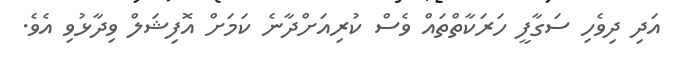
އަދި ދިވެހި ސަގާފީ ހަރަކާތްތައް ވެސް ކުރިއަށްދާނެ ކަމަށް އޮފިޝަލް ވިދާޅުވި އެވެ.